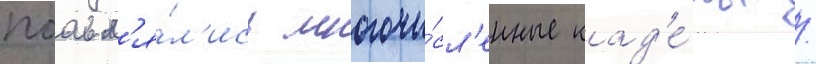
поавл'я́л'ись многочи́сл'енные кад'е́ты /